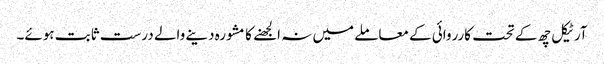
آرٹیکل چھ کے تحت کارروائی کے معاملے میں نہ الجھنے کا مشورہ دینے والے درست ثابت ہوئے۔